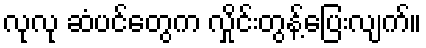
လုလု ဆံပင်တွေက လှိုင်းတွန့်ပြေးလျက်။